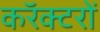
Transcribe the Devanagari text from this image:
करॅक्टरों